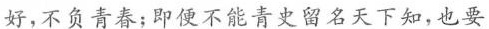
好，不负青春；即便不能青史留名天下知，也要